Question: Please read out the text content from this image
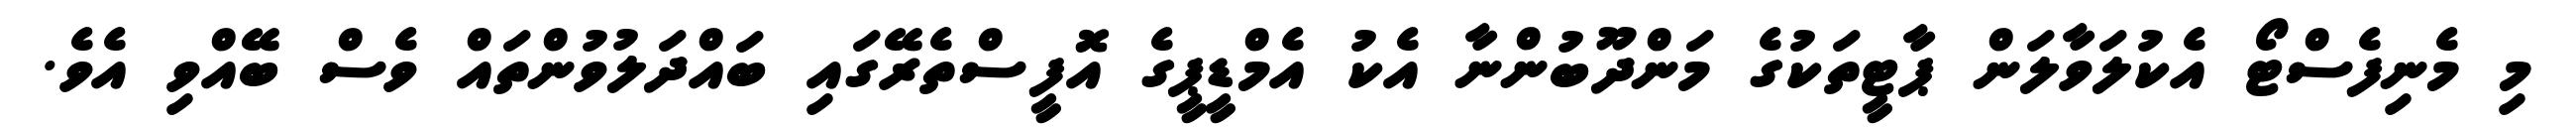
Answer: މި މެނިފެސްޓޯ އެކުލަވާލަން ޕާޓީތަކުގެ މަންދޫބުންނާ އެކު އެމްޑީޕީގެ އޮފީސްތެރޭގައި ބައްދަލުވުންތައް ވެސް ބޭއްވި އެވެ.